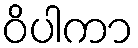
ဝိပါကာ